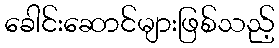
ခေါင်းဆောင်များဖြစ်သည့်